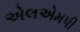
એલએમપી